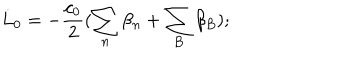
\dot { L } _ { 0 } = - \frac { c _ { 0 } } { 2 } ( \sum _ { n } \beta _ { n } + \sum _ { B } \beta _ { B } ) ;